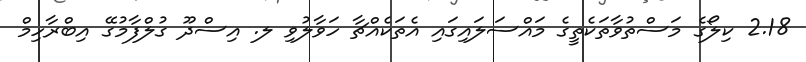
2.18 ކިލޯގެ މަސްތުވާތަކެތީގެ މައްސަލައިގައި އެތަކެއްޗާ ހަވާލުވި ލ. އިސްދޫ ގުލްފާމުގޭ އިބްރާހިމް